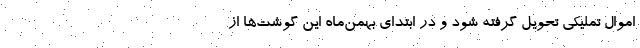
اموال تملیکی تحویل گرفته شود و در ابتدای بهمن‌ماه این گوشت‌ها از